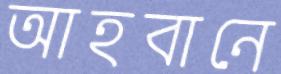
আহবানে